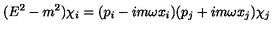
( E ^ { 2 } - m ^ { 2 } ) \chi _ { i } = ( p _ { i } - i m \omega x _ { i } ) ( p _ { j } + i m \omega x _ { j } ) \chi _ { j }